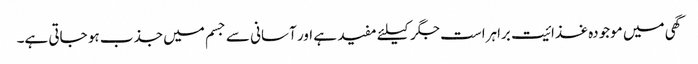
گھی میں موجودہ غذائیت براہراست جگر کیلئے مفید ہے اور آسانی سے جسم میں جذب ہو جاتی ہے۔